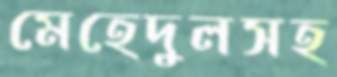
মেহেদুলসহ